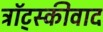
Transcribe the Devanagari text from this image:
ट्रॉट्स्कीवाद